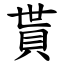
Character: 貰